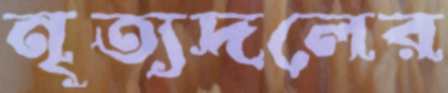
নৃত্যদলের